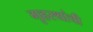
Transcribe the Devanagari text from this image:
गृहस्थांची